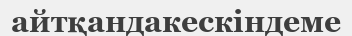
айтқандакескіндеме